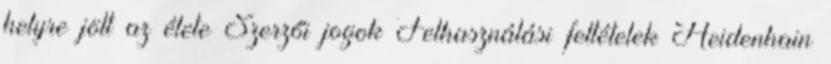
helyre jött az élete Szerzői jogok Felhasználási feltételek Heidenhain